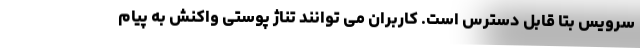
سرویس بتا قابل دسترس است. کاربران می توانند تناژ پوستی واکنش به پیام